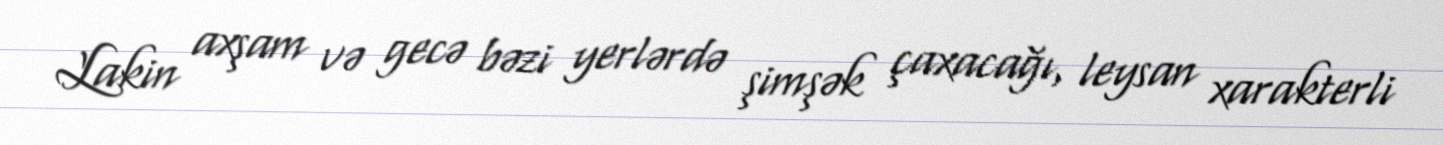
Lakin axşam və gecə bəzi yerlərdə şimşək çaxacağı, leysan xarakterli